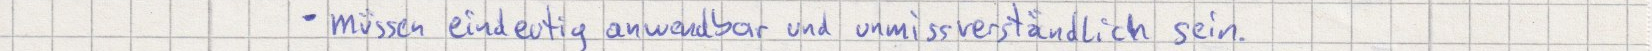
- müssen eindeutig anwendbar und unmissverständlich sein